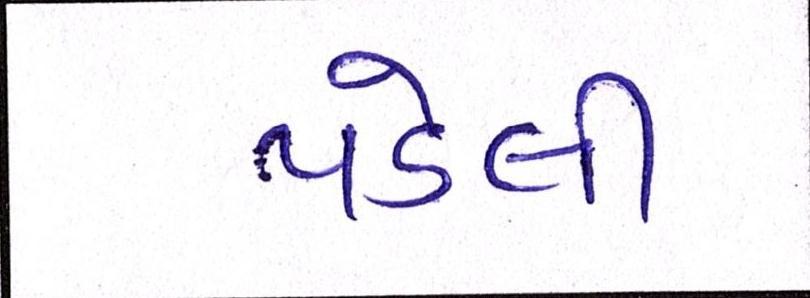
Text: પડેલી